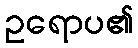
ဥရောပ၏